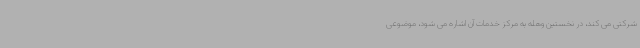
شرکتی می کند، در نخستین وهله به مرکز خدمات آن اشاره می شود، موضوعی